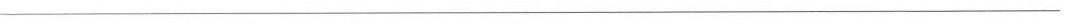
___